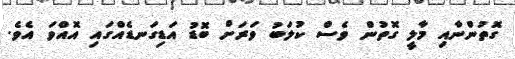
ގޮތުންނާއި މާލީ ގޮތުން ވެސް ކުލަބު ވަރަށް ބޮޑު އަޑިގަނޑެއްގައި އޮއްވަ އެވެ.